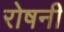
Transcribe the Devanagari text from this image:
रोषनी